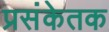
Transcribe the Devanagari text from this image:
प्रसंकेतक